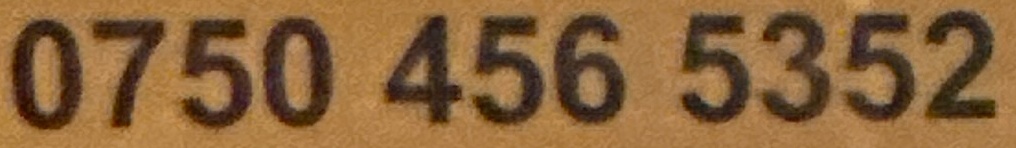
0750 456 5352